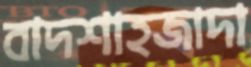
বাদশাহজাদা